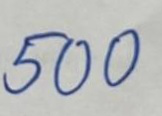
500